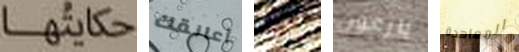
حكايتها أعانقك وابنتي بارعون المعاهدة